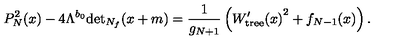
P _ { N } ^ { 2 } ( x ) - 4 \Lambda ^ { b _ { 0 } } \mathrm { d e t } _ { N _ { f } } ( x + m ) = \frac { 1 } { g _ { N + 1 } } \left( { W _ { \mathrm { t r e e } } ^ { \prime } ( x ) } ^ { 2 } + f _ { N - 1 } ( x ) \right) .